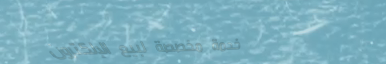
خدمة مخصصة لبيع الإلكترون